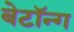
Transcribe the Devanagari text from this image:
बेटॉन्ग